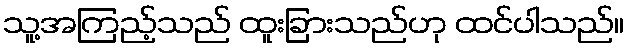
သူ့အကြည့်သည် ထူးခြားသည်ဟု ထင်ပါသည်။